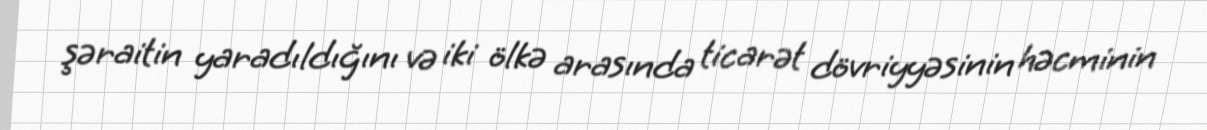
şəraitin yaradıldığını və iki ölkə arasında ticarət dövriyyəsinin həcminin